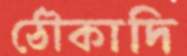
ঠৌকাদি